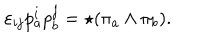
\varepsilon _ { i j } p _ { a } ^ { i } p _ { b } ^ { j } = \star ( \pi _ { a } \wedge \pi _ { b } ) .